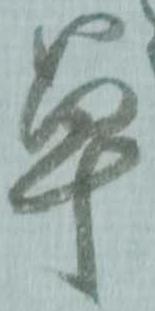
草